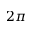
2 \pi